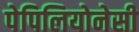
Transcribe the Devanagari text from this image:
पेपिलियोनेसी